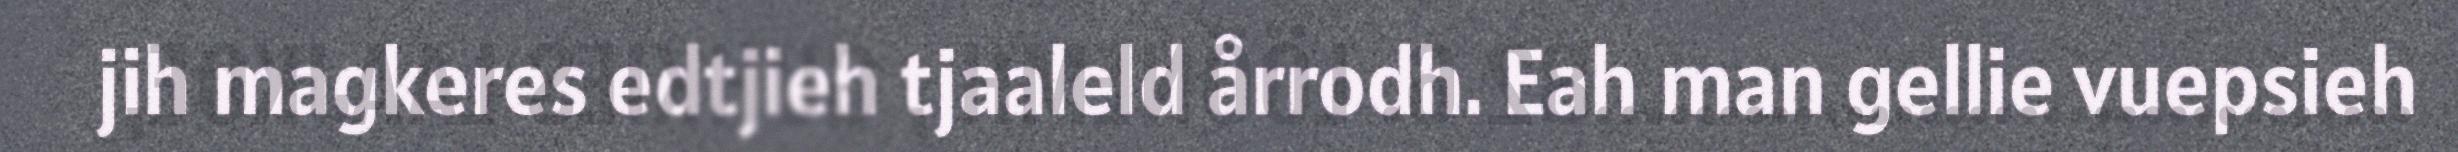
jih magkeres edtjieh tjaaleld årrodh. Eah man gellie vuepsieh